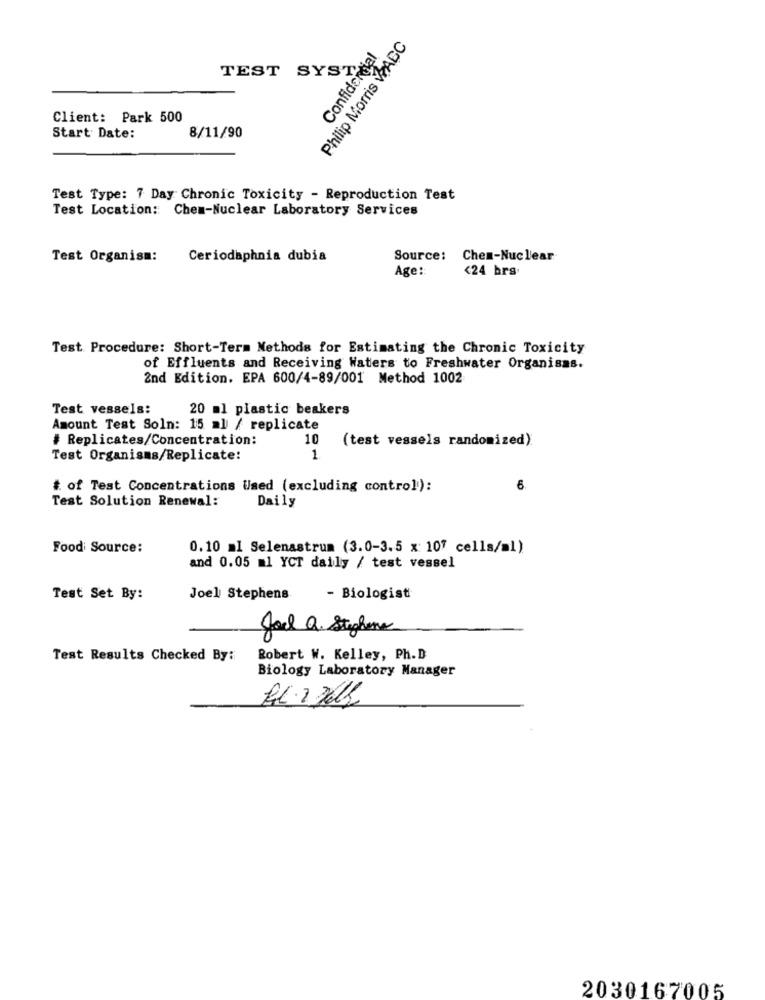
Philip Morris WABC
Confidencial
TEST SYS'
Client: Park 500
8/11/90
Start Date:
Test Type: 7 Day Chronic Toxicity - Reproduction Test
Test Location: Chem-Nuclear Laboratory Services
Test Organism:
Ceriodaphnia dubia
Source:
Chen-Nuclear
Age:
<24 hrs
Test Procedure: Short-Term Methods for Estimating the Chronic Toxicity
of Effluents and Receiving Waters to Freshwater Organisas.
2nd Edition. EPA 600/4-89/001 Method 1002
Test vessels:
20 ml plastic beakers
Amount Test Soln: 15 al / replicate
# Replicates/Concentration:
10
(test vessels randomized).
Test Organisms/Replicate:
1
# of Test Concentrations Used (excluding control):
6.
Test Solution Renewal:
Daily
Food Source:
0.10 ml Selenastrum (3.0-3.5 x 10" cells/al)
and 0.05 ml YCT daily / test vessel
Test Set By:
Joel Stephens
- Biologist
Joel Q. Stephens
Test Results Checked By:
Robert W. Kelley, Ph.D
Biology Laboratory Manager
2030167005